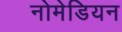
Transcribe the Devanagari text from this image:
नोमेडियन